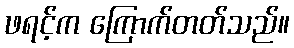
ဖရင့်က ကြောက်တတ်သည်။